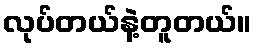
လုပ်တယ်နဲ့တူတယ်။